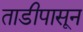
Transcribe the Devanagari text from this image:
ताडीपासून